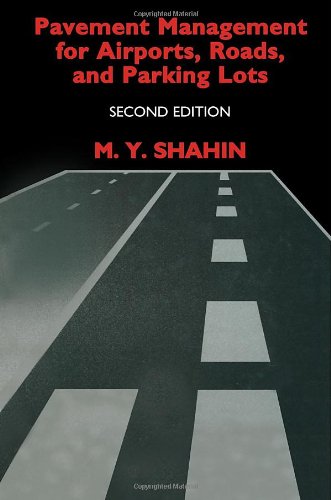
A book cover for Pavement Management for Airports, Roads, and Parking Lots; Mo Y. Shahin; Business & Money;